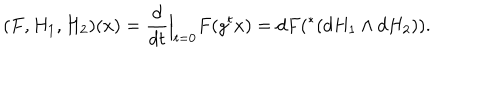
( F , H _ { 1 } , H _ { 2 } ) ( x ) = \frac { d } { d t } \Big | _ { t = 0 } F ( g ^ { t } x ) = d F ( ^ { * } ( d H _ { 1 } \wedge d H _ { 2 } ) ) .